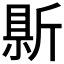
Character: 𭤣